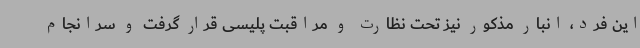
این فرد، انبار مذکور نیز تحت نظارت و مراقبت پلیسی قرار گرفت و سرانجام